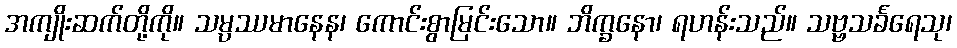
အကျိုးဆက်တို့ကို။ သမ္ပဿမာနေန၊ ကောင်းစွာမြင်းသော။ ဘိက္ခနော၊ ရဟန်းသည်။ သဗ္ဗသင်္ခရေသု၊